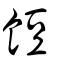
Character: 餖